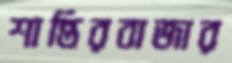
শান্তিরবাজার